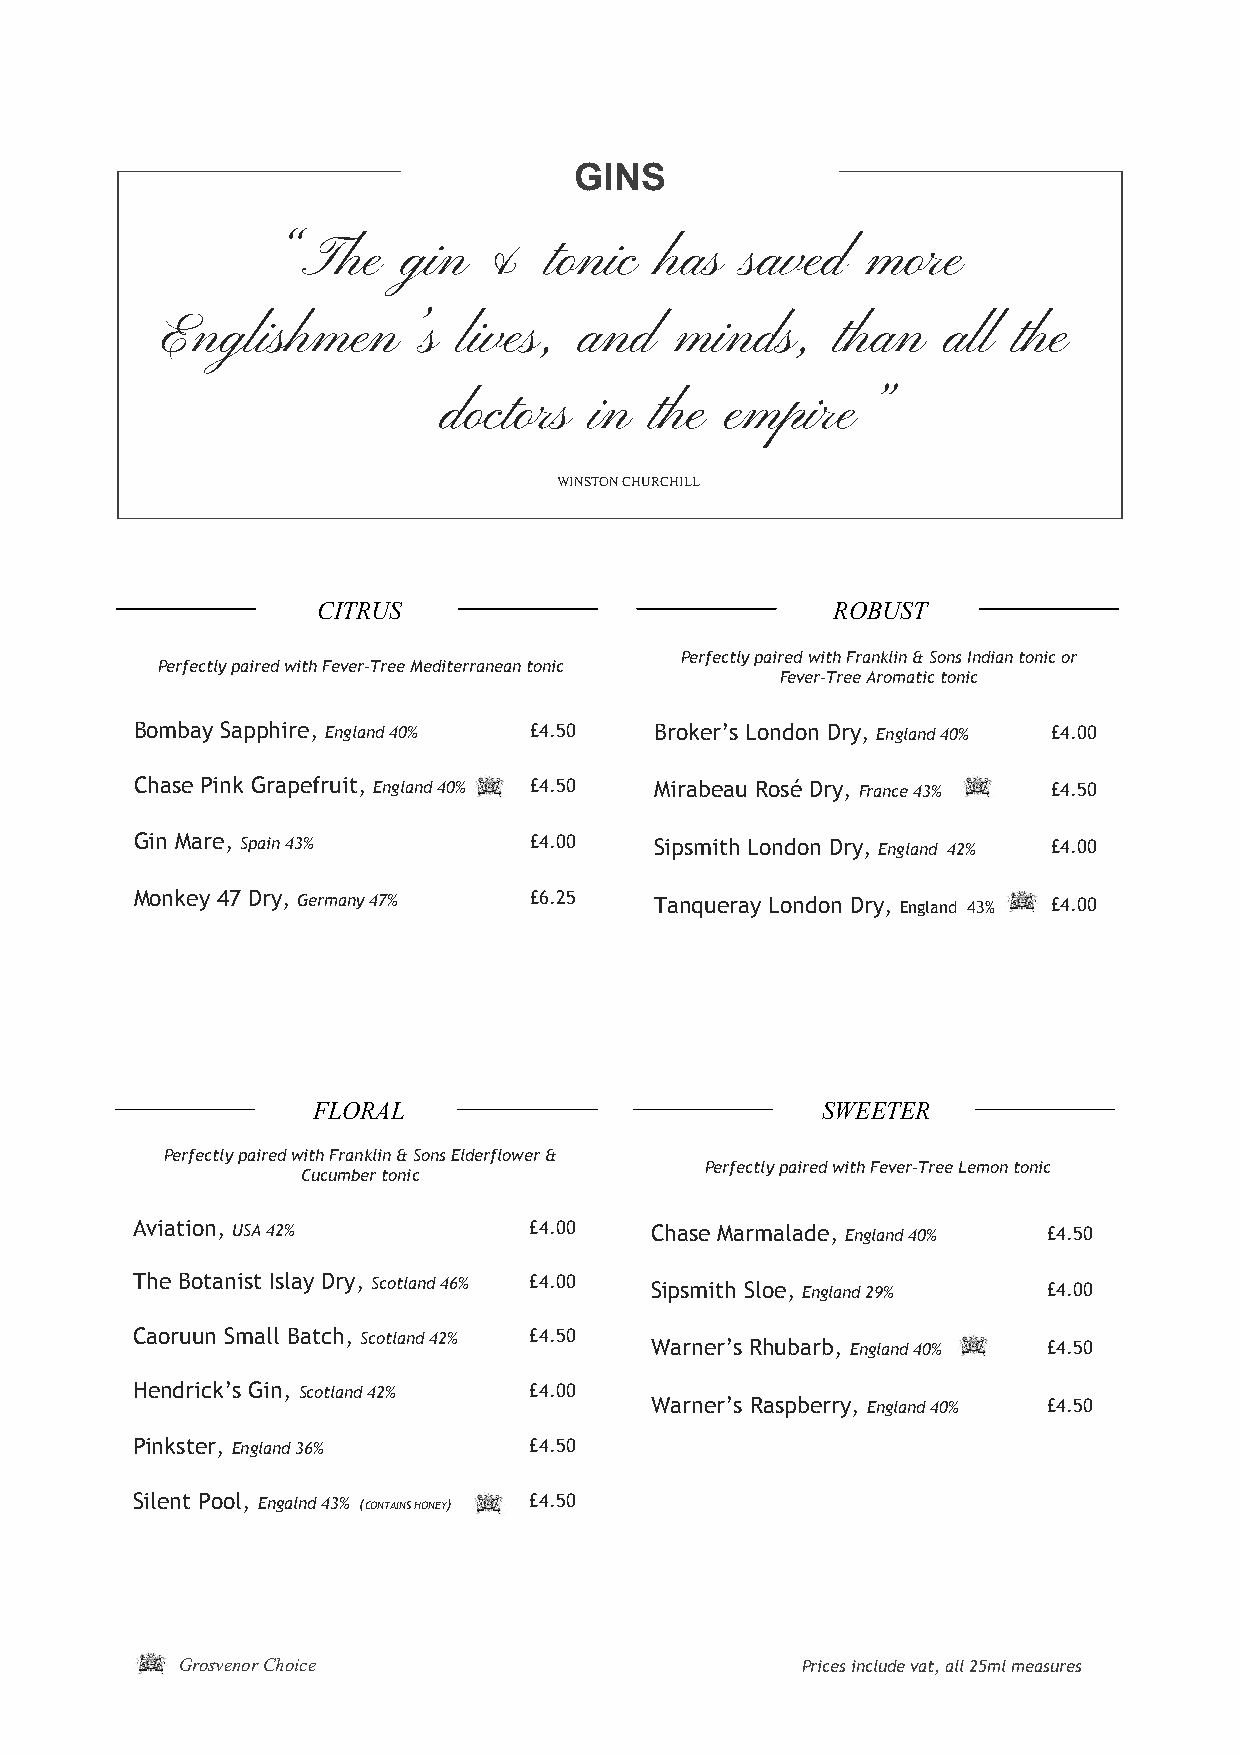
GINS
 “The     gin  &   tonic   has  saved   more
 Englishmen’s       lives,  and    minds,    than    all the
 doctors   in  the  empire”
 WINSTON CHURCHILL
 CITRUS                            ROBUST
 Perfectly paired with Franklin & Sons Indian tonic or
 Perfectly paired with Fever-Tree Mediterranean tonic
 Fever-Tree Aromatic tonic
 Bombay Sapphire, England 40% £4.50 Broker’s London Dry, England 40% £4.00
 Chase Pink Grapefruit, England 40% £4.50 Mirabeau Rosé Dry, France 43% £4.50
 Gin Mare, Spain 43%       £4.00   Sipsmith London Dry, England 42% £4.00
 Monkey 47 Dry, Germany 47% £6.25  Tanqueray London Dry, England 43% £4.00
 FLORAL                           SWEETER
 Perfectly paired with Franklin & Sons Elderflower &
 Perfectly paired with Fever-Tree Lemon tonic
 Cucumber tonic
 Aviation, USA 42%         £4.00   Chase Marmalade, England 40% £4.50
 The Botanist Islay Dry, Scotland 46% £4.00 Sipsmith Sloe, England 29% £4.00
 Caoruun Small Batch, Scotland 42% £4.50
 Warner’s Rhubarb, England 40% £4.50
 Hendrick’s Gin, Scotland 42% £4.00
 Warner’s Raspberry, England 40% £4.50
 Pinkster, England 36%     £4.50
 Silent Pool, Engalnd 43% (CONTAINS HONEY) £4.50
 Grosvenor Choice                         Prices include vat, all 25ml measures